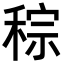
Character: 𥟡